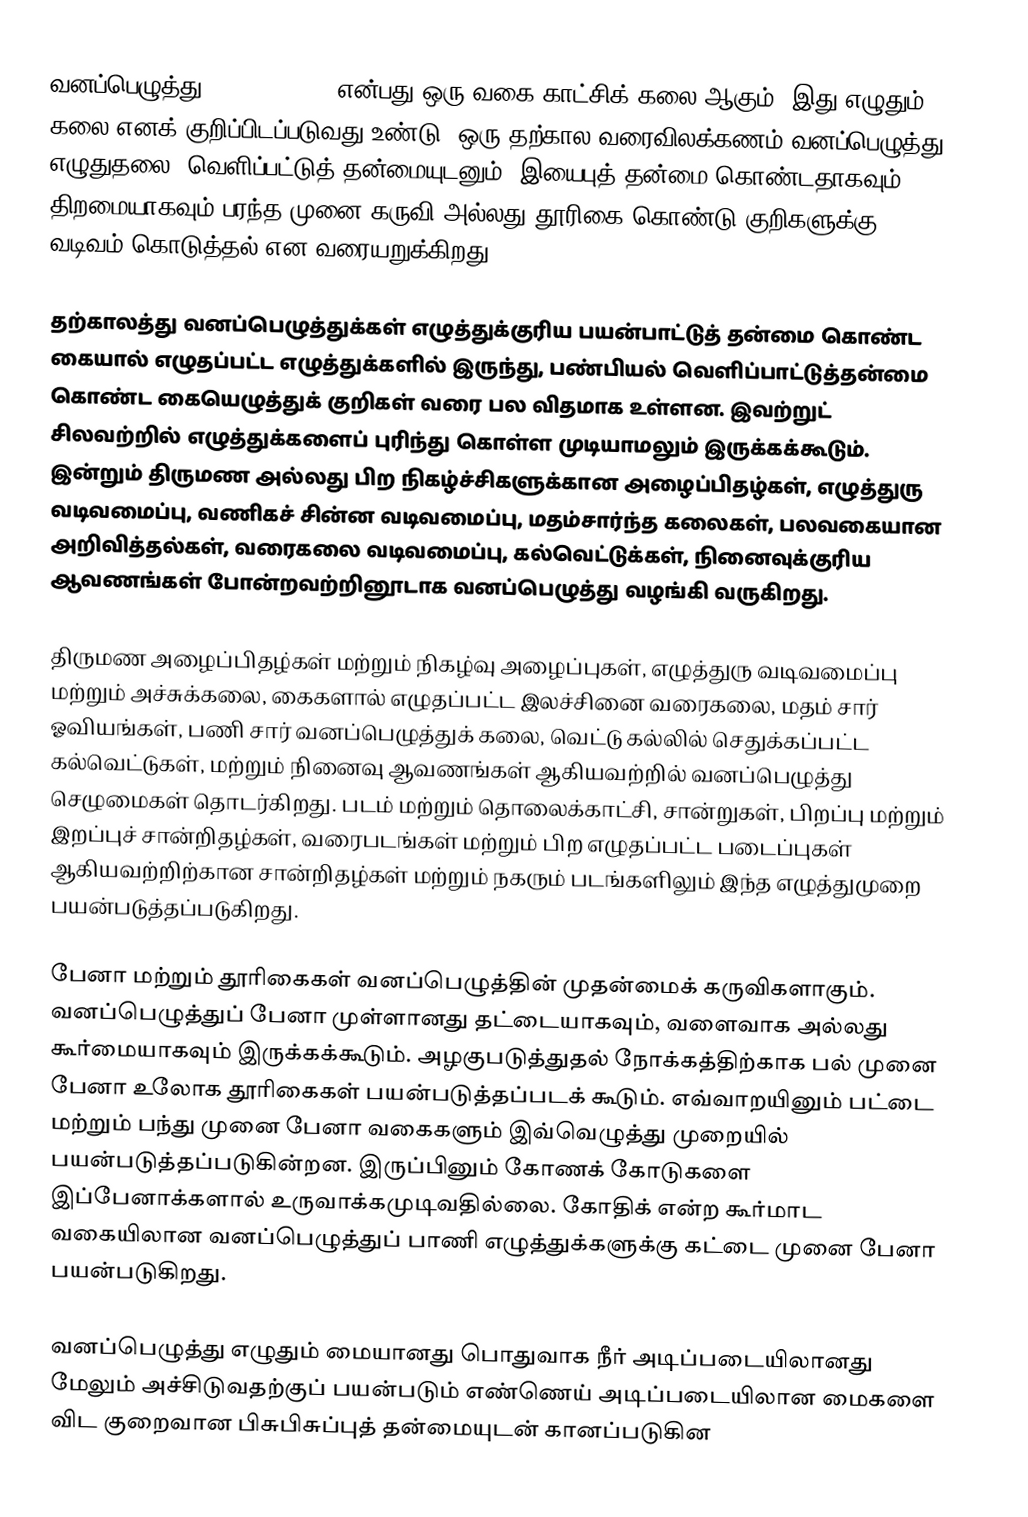
வனப்பெழுத்து (Calligraphy) என்பது ஒரு வகை காட்சிக் கலை ஆகும். இது எழுதும் கலை எனக் குறிப்பிடப்படுவது உண்டு. ஒரு தற்கால வரைவிலக்கணம் வனப்பெழுத்து எழுதுதலை, வெளிப்பட்டுத் தன்மையுடனும், இயைபுத் தன்மை கொண்டதாகவும், திறமையாகவும்  பரந்த முனை கருவி அல்லது தூரிகை கொண்டு குறிகளுக்கு வடிவம் கொடுத்தல் என வரையறுக்கிறது.

தற்காலத்து வனப்பெழுத்துக்கள் எழுத்துக்குரிய பயன்பாட்டுத் தன்மை கொண்ட கையால் எழுதப்பட்ட எழுத்துக்களில் இருந்து, பண்பியல் வெளிப்பாட்டுத்தன்மை கொண்ட கையெழுத்துக் குறிகள் வரை பல விதமாக உள்ளன. இவற்றுட் சிலவற்றில் எழுத்துக்களைப் புரிந்து கொள்ள முடியாமலும் இருக்கக்கூடும். இன்றும் திருமண அல்லது பிற நிகழ்ச்சிகளுக்கான அழைப்பிதழ்கள், எழுத்துரு வடிவமைப்பு, வணிகச் சின்ன வடிவமைப்பு, மதம்சார்ந்த கலைகள், பலவகையான அறிவித்தல்கள், வரைகலை வடிவமைப்பு, கல்வெட்டுக்கள், நினைவுக்குரிய ஆவணங்கள் போன்றவற்றினூடாக வனப்பெழுத்து வழங்கி வருகிறது.

திருமண அழைப்பிதழ்கள் மற்றும் நிகழ்வு அழைப்புகள், எழுத்துரு வடிவமைப்பு மற்றும் அச்சுக்கலை, கைகளால் எழுதப்பட்ட  இலச்சினை வரைகலை, மதம் சார் ஓவியங்கள், பணி சார் வனப்பெழுத்துக் கலை,  வெட்டு கல்லில் செதுக்கப்பட்ட கல்வெட்டுகள், மற்றும் நினைவு ஆவணங்கள் ஆகியவற்றில் வனப்பெழுத்து செழுமைகள்  தொடர்கிறது. படம் மற்றும் தொலைக்காட்சி, சான்றுகள், பிறப்பு மற்றும் இறப்புச் சான்றிதழ்கள், வரைபடங்கள் மற்றும் பிற எழுதப்பட்ட படைப்புகள் ஆகியவற்றிற்கான சான்றிதழ்கள் மற்றும் நகரும் படங்களிலும் இந்த எழுத்துமுறை பயன்படுத்தப்படுகிறது.

பேனா மற்றும் தூரிகைகள் வனப்பெழுத்தின் முதன்மைக் கருவிகளாகும். வனப்பெழுத்துப் பேனா முள்ளானது தட்டையாகவும், வளைவாக அல்லது கூர்மையாகவும் இருக்கக்கூடும். அழகுபடுத்துதல் நோக்கத்திற்காக பல் முனை பேனா உலோக தூரிகைகள் பயன்படுத்தப்படக் கூடும். எவ்வாறயினும் பட்டை மற்றும் பந்து முனை பேனா வகைகளும் இவ்வெழுத்து முறையில் பயன்படுத்தப்படுகின்றன. இருப்பினும் கோணக் கோடுகளை இப்பேனாக்களால் உருவாக்கமுடிவதில்லை. கோதிக் என்ற கூர்மாட வகையிலான வனப்பெழுத்துப் பாணி எழுத்துக்களுக்கு கட்டை முனை பேனா பயன்படுகிறது.

வனப்பெழுத்து எழுதும் மையானது பொதுவாக நீர் அடிப்படையிலானது மேலும் அச்சிடுவதற்குப் பயன்படும்  எண்ணெய் அடிப்படையிலான மைகளை விட குறைவான பிசுபிசுப்புத் தன்மையுடன் கானப்படுகின